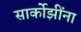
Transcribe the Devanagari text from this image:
सार्कोझींना